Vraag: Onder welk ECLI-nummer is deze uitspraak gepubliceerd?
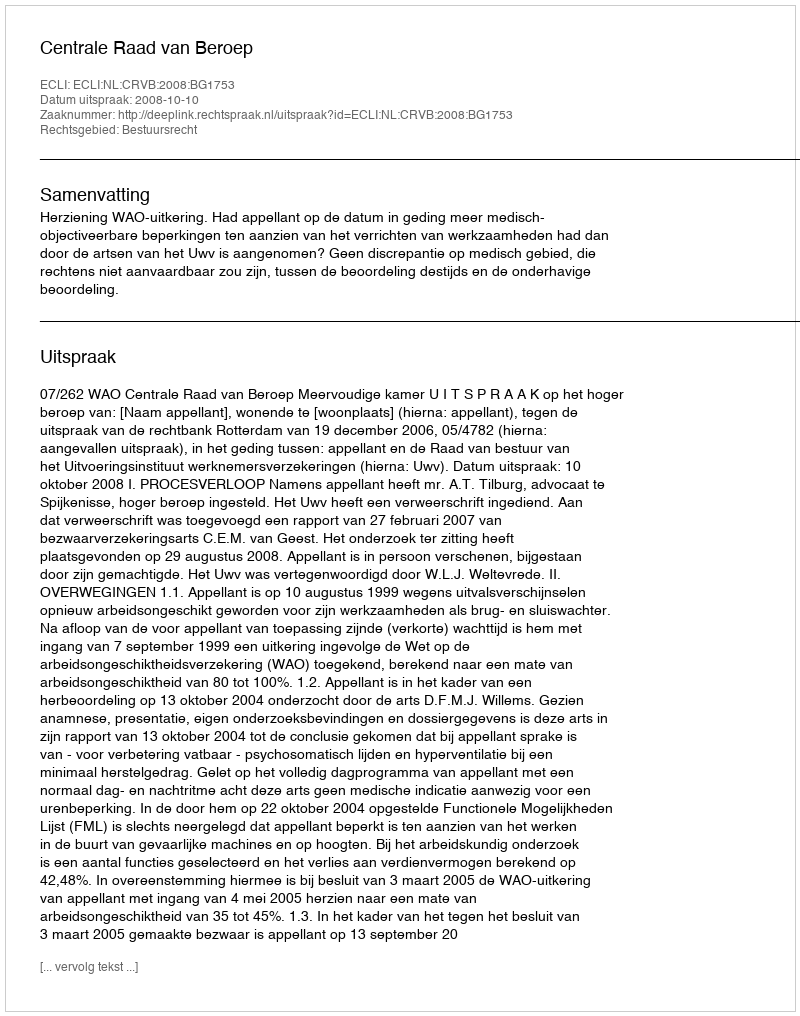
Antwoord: ECLI:NL:CRVB:2008:BG1753